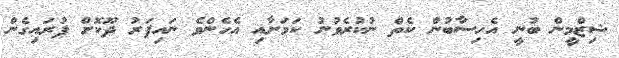
ޝިޒްމީން ބުނީ އެހިސާބުން ކެތް ނުކުރެވުނު ކަމަށާއި އެހެންވެ ނައިފަރު ދޫކޮށް ފުރައިގެން